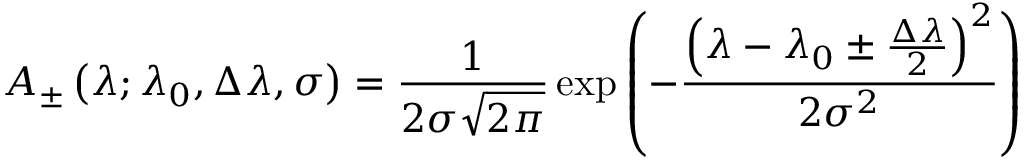
A _ { \pm } \left( \lambda ; \lambda _ { 0 } , \Delta \lambda , \sigma \right) = \frac { 1 } { 2 \sigma \sqrt { 2 \pi } } \exp \left( - \frac { \left( \lambda - \lambda _ { 0 } \pm \frac { \Delta \lambda } { 2 } \right) ^ { 2 } } { 2 \sigma ^ { 2 } } \right)